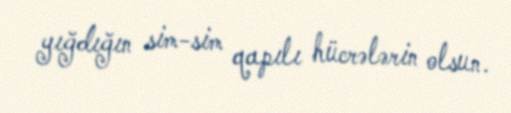
yığdığın sim-sim qapılı hücrələrin olsun.